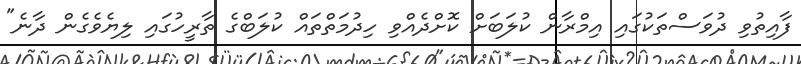
ފާއިތުވި ދުވަސްތަކުގައި އިމްރާން ކުލަބަށް ކޮށްދެއްވި ހިދުމަތްތައް ކުލަބްގެ ތާރީހުގައި ލިޔެވެގެން ދާނެ"